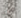
من